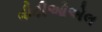
વીટીઓએલ